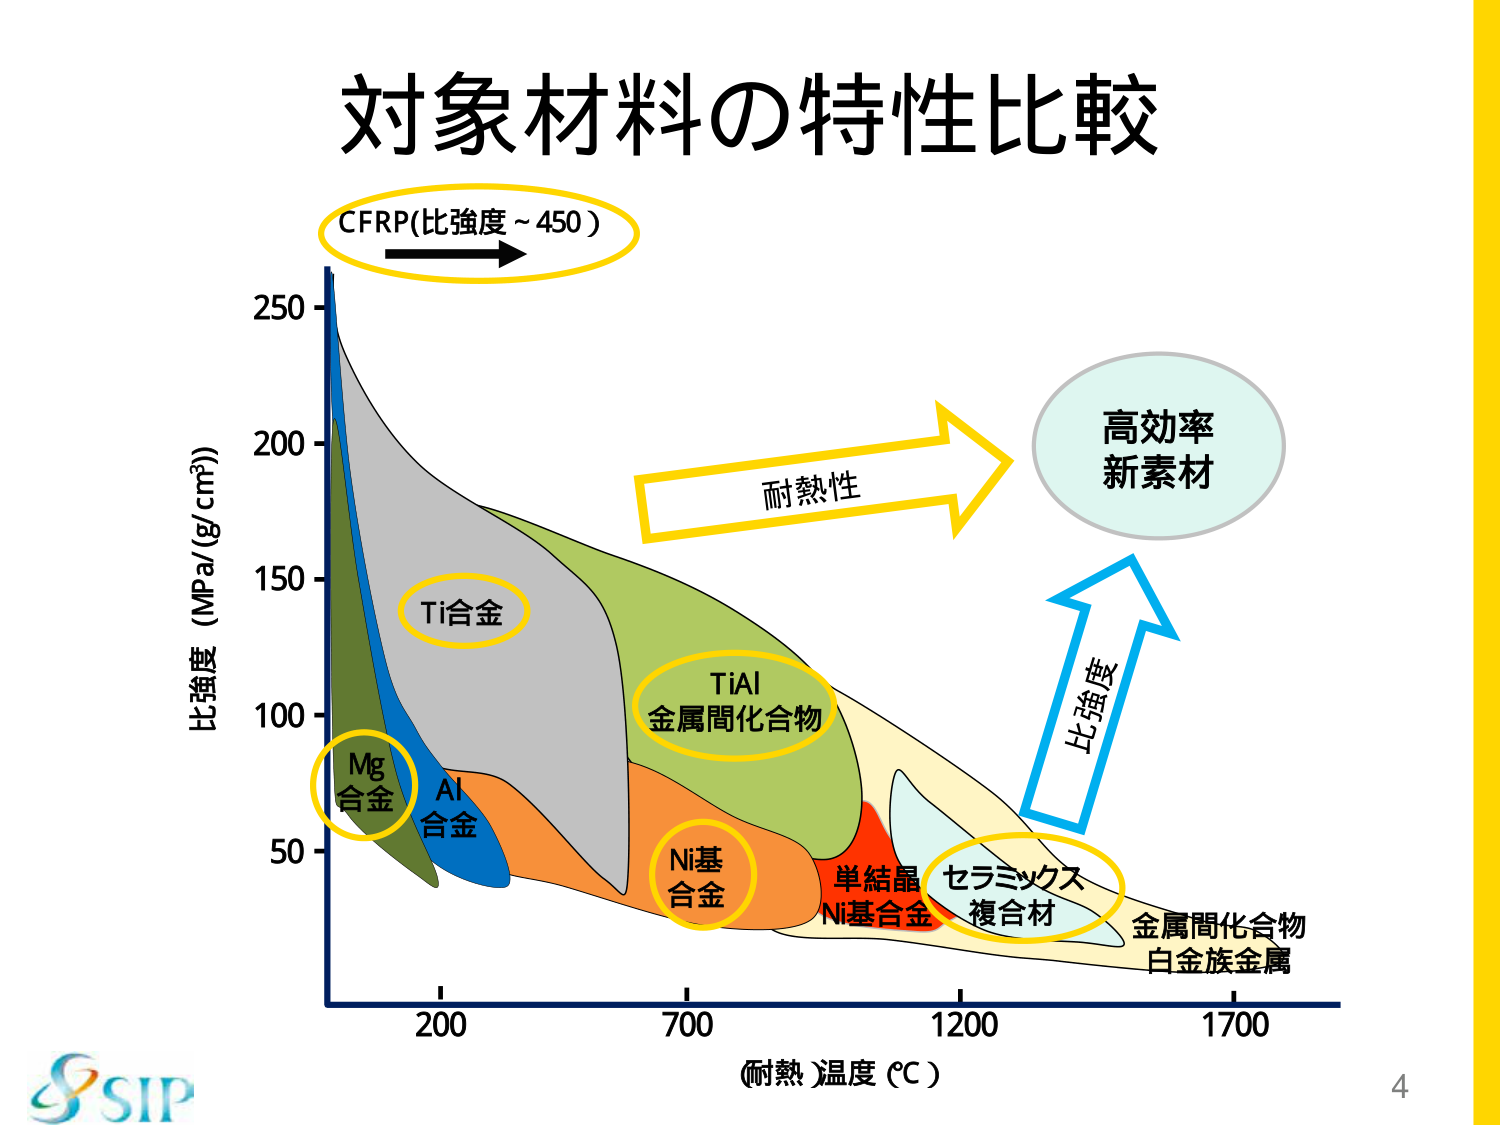
対象材料の特性比較
CFRP(比強度 ~ 450)
比強度 (MPa/(g/cm³))
250
200
150
100
50
Mg
合金
Al
合金
Ti合金
TiAl
金属間化合物
Ni基
合金
単結晶
Ni基合金
セラミックス
複合材
金属間化合物
白金族金属
耐熱性
高効率
新素材
比強度
(耐熱)温度 (℃)
200
700
1200
1700
SIP
4